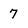
Character: 7